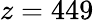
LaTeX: z=449